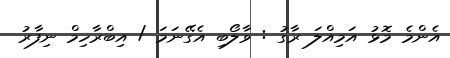
އެންމެ މޮޅު އަމިއްލަ ރާގު : ވާލޯބި އެގޭނަމަ / އިބްރާހިމް ނިފާރު